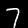
Digit: 7